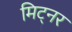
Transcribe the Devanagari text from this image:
मिट्नर